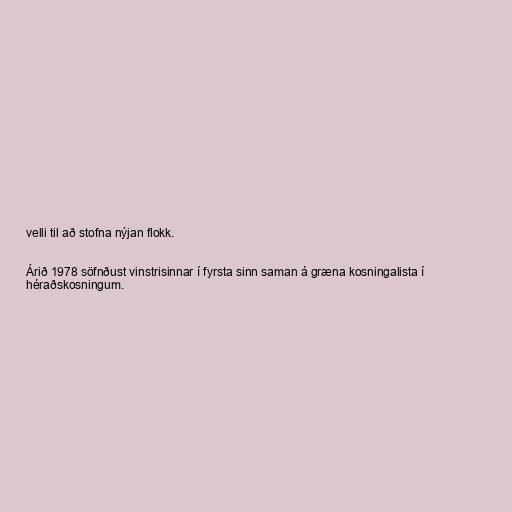
velli til að stofna nýjan flokk.

Árið 1978 söfnðust vinstrisinnar í fyrsta sinn saman á græna kosningalista í
héraðskosningum.